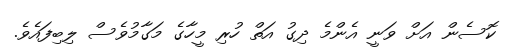
ކޮސެން އަށް ވަނީ އެންމެ ދިގު އަތް ހުރި މީހާގެ މަގާމުވެސް ލިބިފައެވެ.